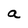
Character: a